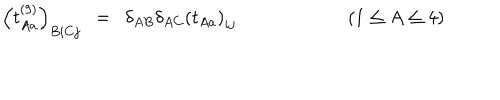
\left( t _ { A a } ^ { ( 9 ) } \right) _ { B i C j } \ \ = \ \ \delta _ { A B } \delta _ { A C } \left( t _ { A a } \right) _ { i j } \qquad \qquad \qquad ( 1 \leq A \leq 4 ) \qquad \qquad \qquad \quad